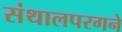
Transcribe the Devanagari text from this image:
संथालपरगने